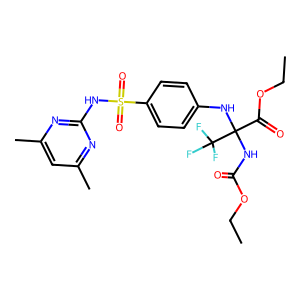
SMILES: CCOC(=O)NC(Nc1ccc(S(=O)(=O)Nc2nc(C)cc(C)n2)cc1)(C(=O)OCC)C(F)(F)F
Inhibits HIV replication: No